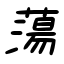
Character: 蕩